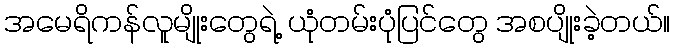
အမေရိကန်လူမျိုးတွေရဲ့ ယုံတမ်းပုံပြင်တွေ အစပျိုးခဲ့တယ်။